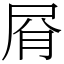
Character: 㞕